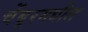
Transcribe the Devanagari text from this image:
चेंबूरमधील